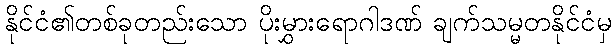
နိုင်ငံ၏တစ်ခုတည်းသော ပိုးမွှားရောဂါဒဏ် ချက်သမ္မတနိုင်ငံမှ